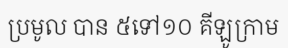
ប្រមូល បាន ៥ទៅ១០ គីឡូក្រាម